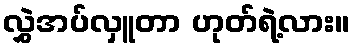
လွှဲအပ်လှူတာ ဟုတ်ရဲ့လား။